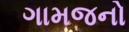
ગામજનો